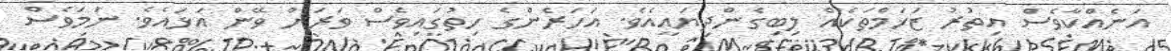
އަނެއްކާވެސް އިތުރު ޒަޚަމްތަކެއް ލިބިގެންދިޔައީއެވެ. އަހަރެންގެ ހިތުގައިވެސް ވަރަށް ވޭން އަޅައެވެ. ނަމަވެސް